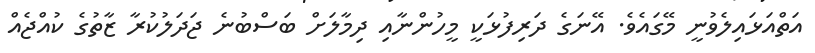
އަތްއަޅައިލެވުނީ މޭގައެވެ. އޭނަގެ ދަރިފުޅަކީ މީހުންނާއި ދިމާލަށް ބަސްބުނެ ޖަދަލުކުރާ ޒާތުގެ ކުއްޖެއް